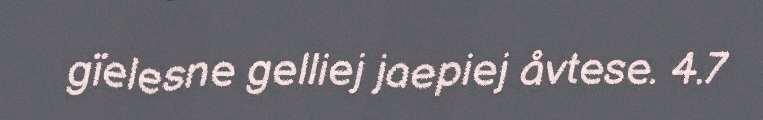
gïelesne gelliej jaepiej åvtese. 4.7